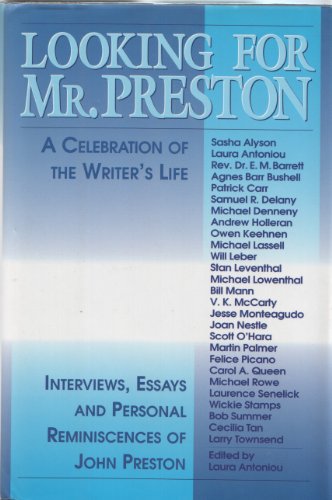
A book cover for Looking for Mr. Preston; Gay & Lesbian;